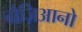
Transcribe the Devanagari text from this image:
ग्रैज़िआनो